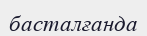
басталғанда